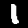
Digit: 1